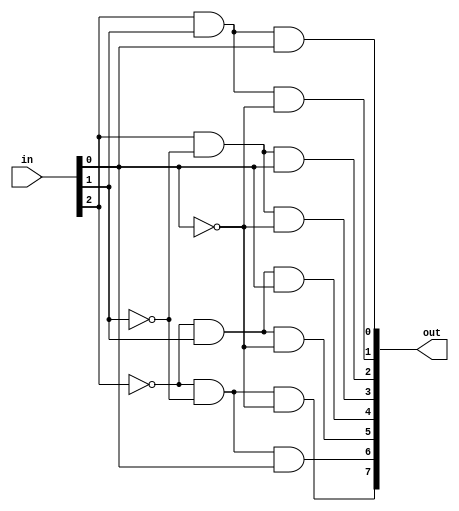
module decoder(out,in);
input [0:2] in;
output [0:7] out;

wire [0:2] notin;

not(notin[0],in[0]);
not(notin[1],in[1]);
not(notin[2],in[2]);
and(out[0],notin[0],notin[1],notin[2]);
and(out[1],notin[0],notin[1],in[2]);
and(out[2],notin[0],in[1],notin[2]);
and(out[3],notin[0],in[1],in[2]);
and(out[4],in[0],notin[1],notin[2]);
and(out[5],in[0],notin[1],in[2]);
and(out[6],in[0],in[1],notin[2]);
and(out[7],in[0],in[1],in[2]);
endmodule

module fadder(s,c,in);
input [0:2] in;
output s,c;
wire [0:7] d_out;

decoder d(d_out,in);
assign s = d_out[1] | d_out[2] | d_out[4] | d_out[7];
assign c = d_out[3] | d_out[5] | d_out[6] | d_out[7];
endmodule